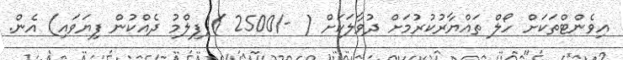
އިވެންޓްތަކަށް ހޯލް ތައްޔާރުކުރުމަށް ދުވާލަކަށް ( -/2500 )(ފިލްމު ދެއްކުން ފިޔަވައި) އެން.